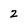
Character: 2